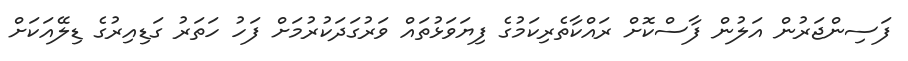
ފަސިންޖަރުން އަލުން ފާސްކޮށް ރައްކާތެރިކަމުގެ ފިޔަވަޅުތައް ވަރުގަދަކުރުމަށް ފަހު ހަތަރު ގަޑިއިރުގެ ޑިލޭއަކަށް